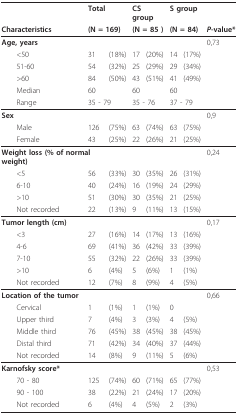
<table><thead><tr><td></td><td colspan="2"><b>Total</b></td><td colspan="2"><b>CS group</b></td><td colspan="2"><b>S group</b></td><td></td></tr><tr><td><b>Characteristics</b></td><td colspan="2"><b>(N = 169)</b></td><td colspan="2"><b>(N = 85 )</b></td><td colspan="2"><b>(N = 84)</b></td><td><b><i>P</i>-value*</b></td></tr></thead><tbody><tr><td><b>Age, years</b></td><td></td><td></td><td></td><td></td><td></td><td></td><td>0,73</td></tr><tr><td> &lt;50</td><td>31</td><td>(18%)</td><td>17</td><td>(20%)</td><td>14</td><td>(17%)</td><td></td></tr><tr><td> 51-60</td><td>54</td><td>(32%)</td><td>25</td><td>(29%)</td><td>29</td><td>(34%)</td><td></td></tr><tr><td> &gt;60</td><td>84</td><td>(50%)</td><td>43</td><td>(51%)</td><td>41</td><td>(49%)</td><td></td></tr><tr><td> Median</td><td colspan="2">60</td><td colspan="2">60</td><td colspan="2">60</td><td></td></tr><tr><td> Range</td><td colspan="2">35 - 79</td><td colspan="2">35 - 76</td><td colspan="2">37 - 79</td><td></td></tr><tr><td><b>Sex</b></td><td></td><td></td><td></td><td></td><td></td><td></td><td>0,9</td></tr><tr><td> Male</td><td>126</td><td>(75%)</td><td>63</td><td>(74%)</td><td>63</td><td>(75%)</td><td></td></tr><tr><td> Female</td><td>43</td><td>(25%)</td><td>22</td><td>(26%)</td><td>21</td><td>(25%)</td><td></td></tr><tr><td colspan="2"><b>Weight loss (% of normal weight)</b></td><td></td><td></td><td></td><td></td><td></td><td>0,24</td></tr><tr><td> &lt;5</td><td>56</td><td>(33%)</td><td>30</td><td>(35%)</td><td>26</td><td>(31%)</td><td></td></tr><tr><td> 6-10</td><td>40</td><td>(24%)</td><td>16</td><td>(19%)</td><td>24</td><td>(29%)</td><td></td></tr><tr><td> &gt;10</td><td>51</td><td>(30%)</td><td>30</td><td>(35%)</td><td>21</td><td>(25%)</td><td></td></tr><tr><td> Not recorded</td><td>22</td><td>(13%)</td><td>9</td><td>(11%)</td><td>13</td><td>(15%)</td><td></td></tr><tr><td><b>Tumor length (cm)</b></td><td></td><td></td><td></td><td></td><td></td><td></td><td>0,17</td></tr><tr><td> &lt;3</td><td>27</td><td>(16%)</td><td>14</td><td>(17%)</td><td>13</td><td>(16%)</td><td></td></tr><tr><td> 4-6</td><td>69</td><td>(41%)</td><td>36</td><td>(42%)</td><td>33</td><td>(39%)</td><td></td></tr><tr><td> 7-10</td><td>55</td><td>(32%)</td><td>22</td><td>(26%)</td><td>33</td><td>(39%)</td><td></td></tr><tr><td> &gt;10</td><td>6</td><td>(4%)</td><td>5</td><td>(6%)</td><td>1</td><td>(1%)</td><td></td></tr><tr><td> Not recorded</td><td>12</td><td>(7%)</td><td>8</td><td>(9%)</td><td>4</td><td>(5%)</td><td></td></tr><tr><td><b>Location of the tumor</b></td><td></td><td></td><td></td><td></td><td></td><td></td><td>0,66</td></tr><tr><td> Cervical</td><td>1</td><td>(1%)</td><td>1</td><td>(1%)</td><td>0</td><td></td><td></td></tr><tr><td> Upper third</td><td>7</td><td>(4%)</td><td>3</td><td>(3%)</td><td>4</td><td>(5%)</td><td></td></tr><tr><td> Middle third</td><td>76</td><td>(45%)</td><td>38</td><td>(45%)</td><td>38</td><td>(45%)</td><td></td></tr><tr><td> Distal third</td><td>71</td><td>(42%)</td><td>34</td><td>(40%)</td><td>37</td><td>(44%)</td><td></td></tr><tr><td> Not recorded</td><td>14</td><td>(8%)</td><td>9</td><td>(11%)</td><td>5</td><td>(6%)</td><td></td></tr><tr><td><b>Karnofsky score*</b></td><td></td><td></td><td></td><td></td><td></td><td></td><td>0,53</td></tr><tr><td> 70 - 80</td><td>125</td><td>(74%)</td><td>60</td><td>(71%)</td><td>65</td><td>(77%)</td><td></td></tr><tr><td> 90 - 100</td><td>38</td><td>(22%)</td><td>21</td><td>(24%)</td><td>17</td><td>(20%)</td><td></td></tr><tr><td> Not recorded</td><td>6</td><td>(4%)</td><td>4</td><td>(5%)</td><td>2</td><td>(3%)</td><td></td></tr></tbody></table>